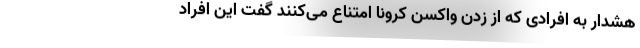
هشدار به افرادی که از زدن واکسن کرونا امتناع می‌کنند گفت این افراد